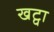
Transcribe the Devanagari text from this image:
खट्वा